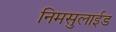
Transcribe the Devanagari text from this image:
निमसुलाईड